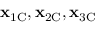
\mathbf { x } _ { \mathrm { 1 C } } , \mathbf { x } _ { \mathrm { 2 C } } , \mathbf { x } _ { \mathrm { 3 C } }